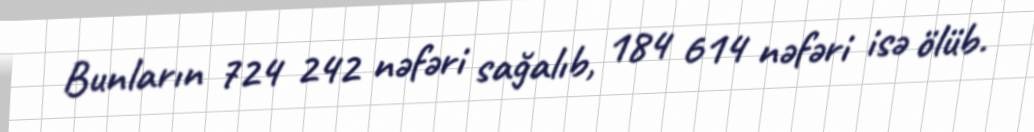
Bunların 724 242 nəfəri sağalıb, 184 614 nəfəri isə ölüb.